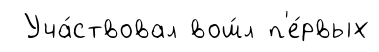
Уча́ствовал вош́л п'е́рвых